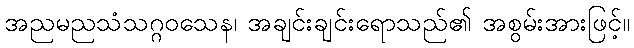
အညမညသံသဂ္ဂဝသေန၊ အချင်းချင်းရောသည်၏ အစွမ်းအားဖြင့်။